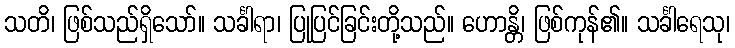
သတိ၊ ဖြစ်သည်ရှိသော်။ သင်္ခါရာ၊ ပြုပြင်ခြင်းတို့သည်။ ဟောန္တိ၊ ဖြစ်ကုန်၏။ သင်္ခါရေသု၊